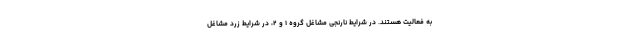
به فعالیت هستند. در شرایط نارنجی مشاغل گروه ۱ و ۲، در شرایط زرد مشاغل